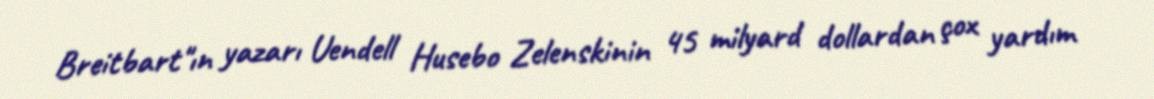
Breitbart"ın yazarı Uendell Husebo Zelenskinin 45 milyard dollardan çox yardım